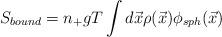
LaTeX: \begin{align*}S_{bound}=n_+ gT \int d{\vec x} \rho({\vec x}) \phi_{sph}({\vec x})\end{align*}